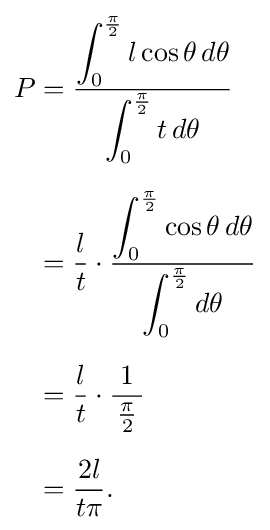
{\begin{aligned}P&={\frac {\displaystyle \int _{0}^{\frac {\pi }{2}}l\cos \theta \,d\theta }{\displaystyle \int _{0}^{\frac {\pi }{2}}t\,d\theta }}\\[6px]&={\frac {l}{t}}\cdot {\frac {\displaystyle \int _{0}^{\frac {\pi }{2}}\cos \theta \,d\theta }{\displaystyle \int _{0}^{\frac {\pi }{2}}d\theta }}\\[6px]&={\frac {l}{t}}\cdot {\frac {1}{\,{\frac {\pi }{2}}\,}}\\[6px]&={\frac {2l}{t\pi }}.\end{aligned}}